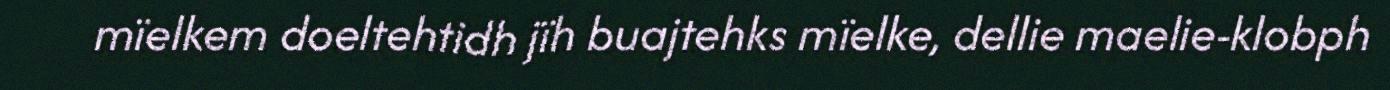
mïelkem doeltehtidh jïh buajtehks mïelke, dellie maelie-klobph